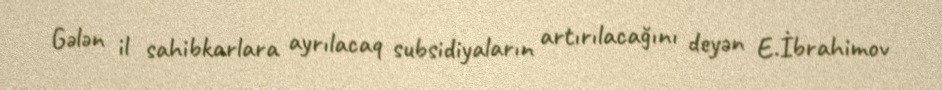
Gələn il sahibkarlara ayrılacaq subsidiyaların artırılacağını deyən E.İbrahimov